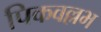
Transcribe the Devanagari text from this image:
पिकवल्लभ